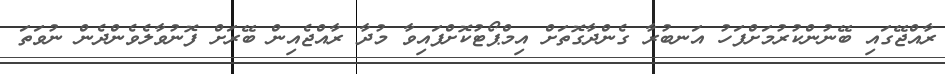
ރާއްޖޭގައި ބޭނުންކުރުމަށްފަހު އަނބުރާ ގެންދާގޮތަށް އިމްޕޯޓުކޮށްފައިވާ މުދާ ރާއްޖެއިން ބޭރަށް ފޮނުވާލެވެންދެން ނުވަތަ